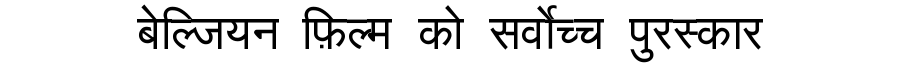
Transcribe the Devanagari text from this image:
बेल्जियन फ़िल्म को सर्वोच्च पुरस्कार